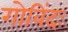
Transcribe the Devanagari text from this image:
गोविंदः